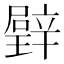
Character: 𱯳